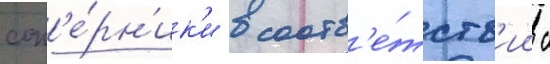
соп'е́рн'ик'и в соотв'е́тств'ии с